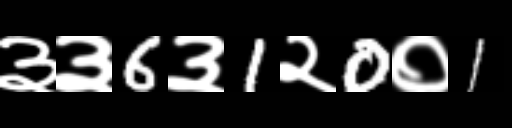
Text: ३३6३1२0०1